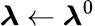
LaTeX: \boldsymbol{\lambda}\leftarrow\boldsymbol{\lambda}^{0}